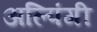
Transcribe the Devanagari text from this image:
अल्पिंगी